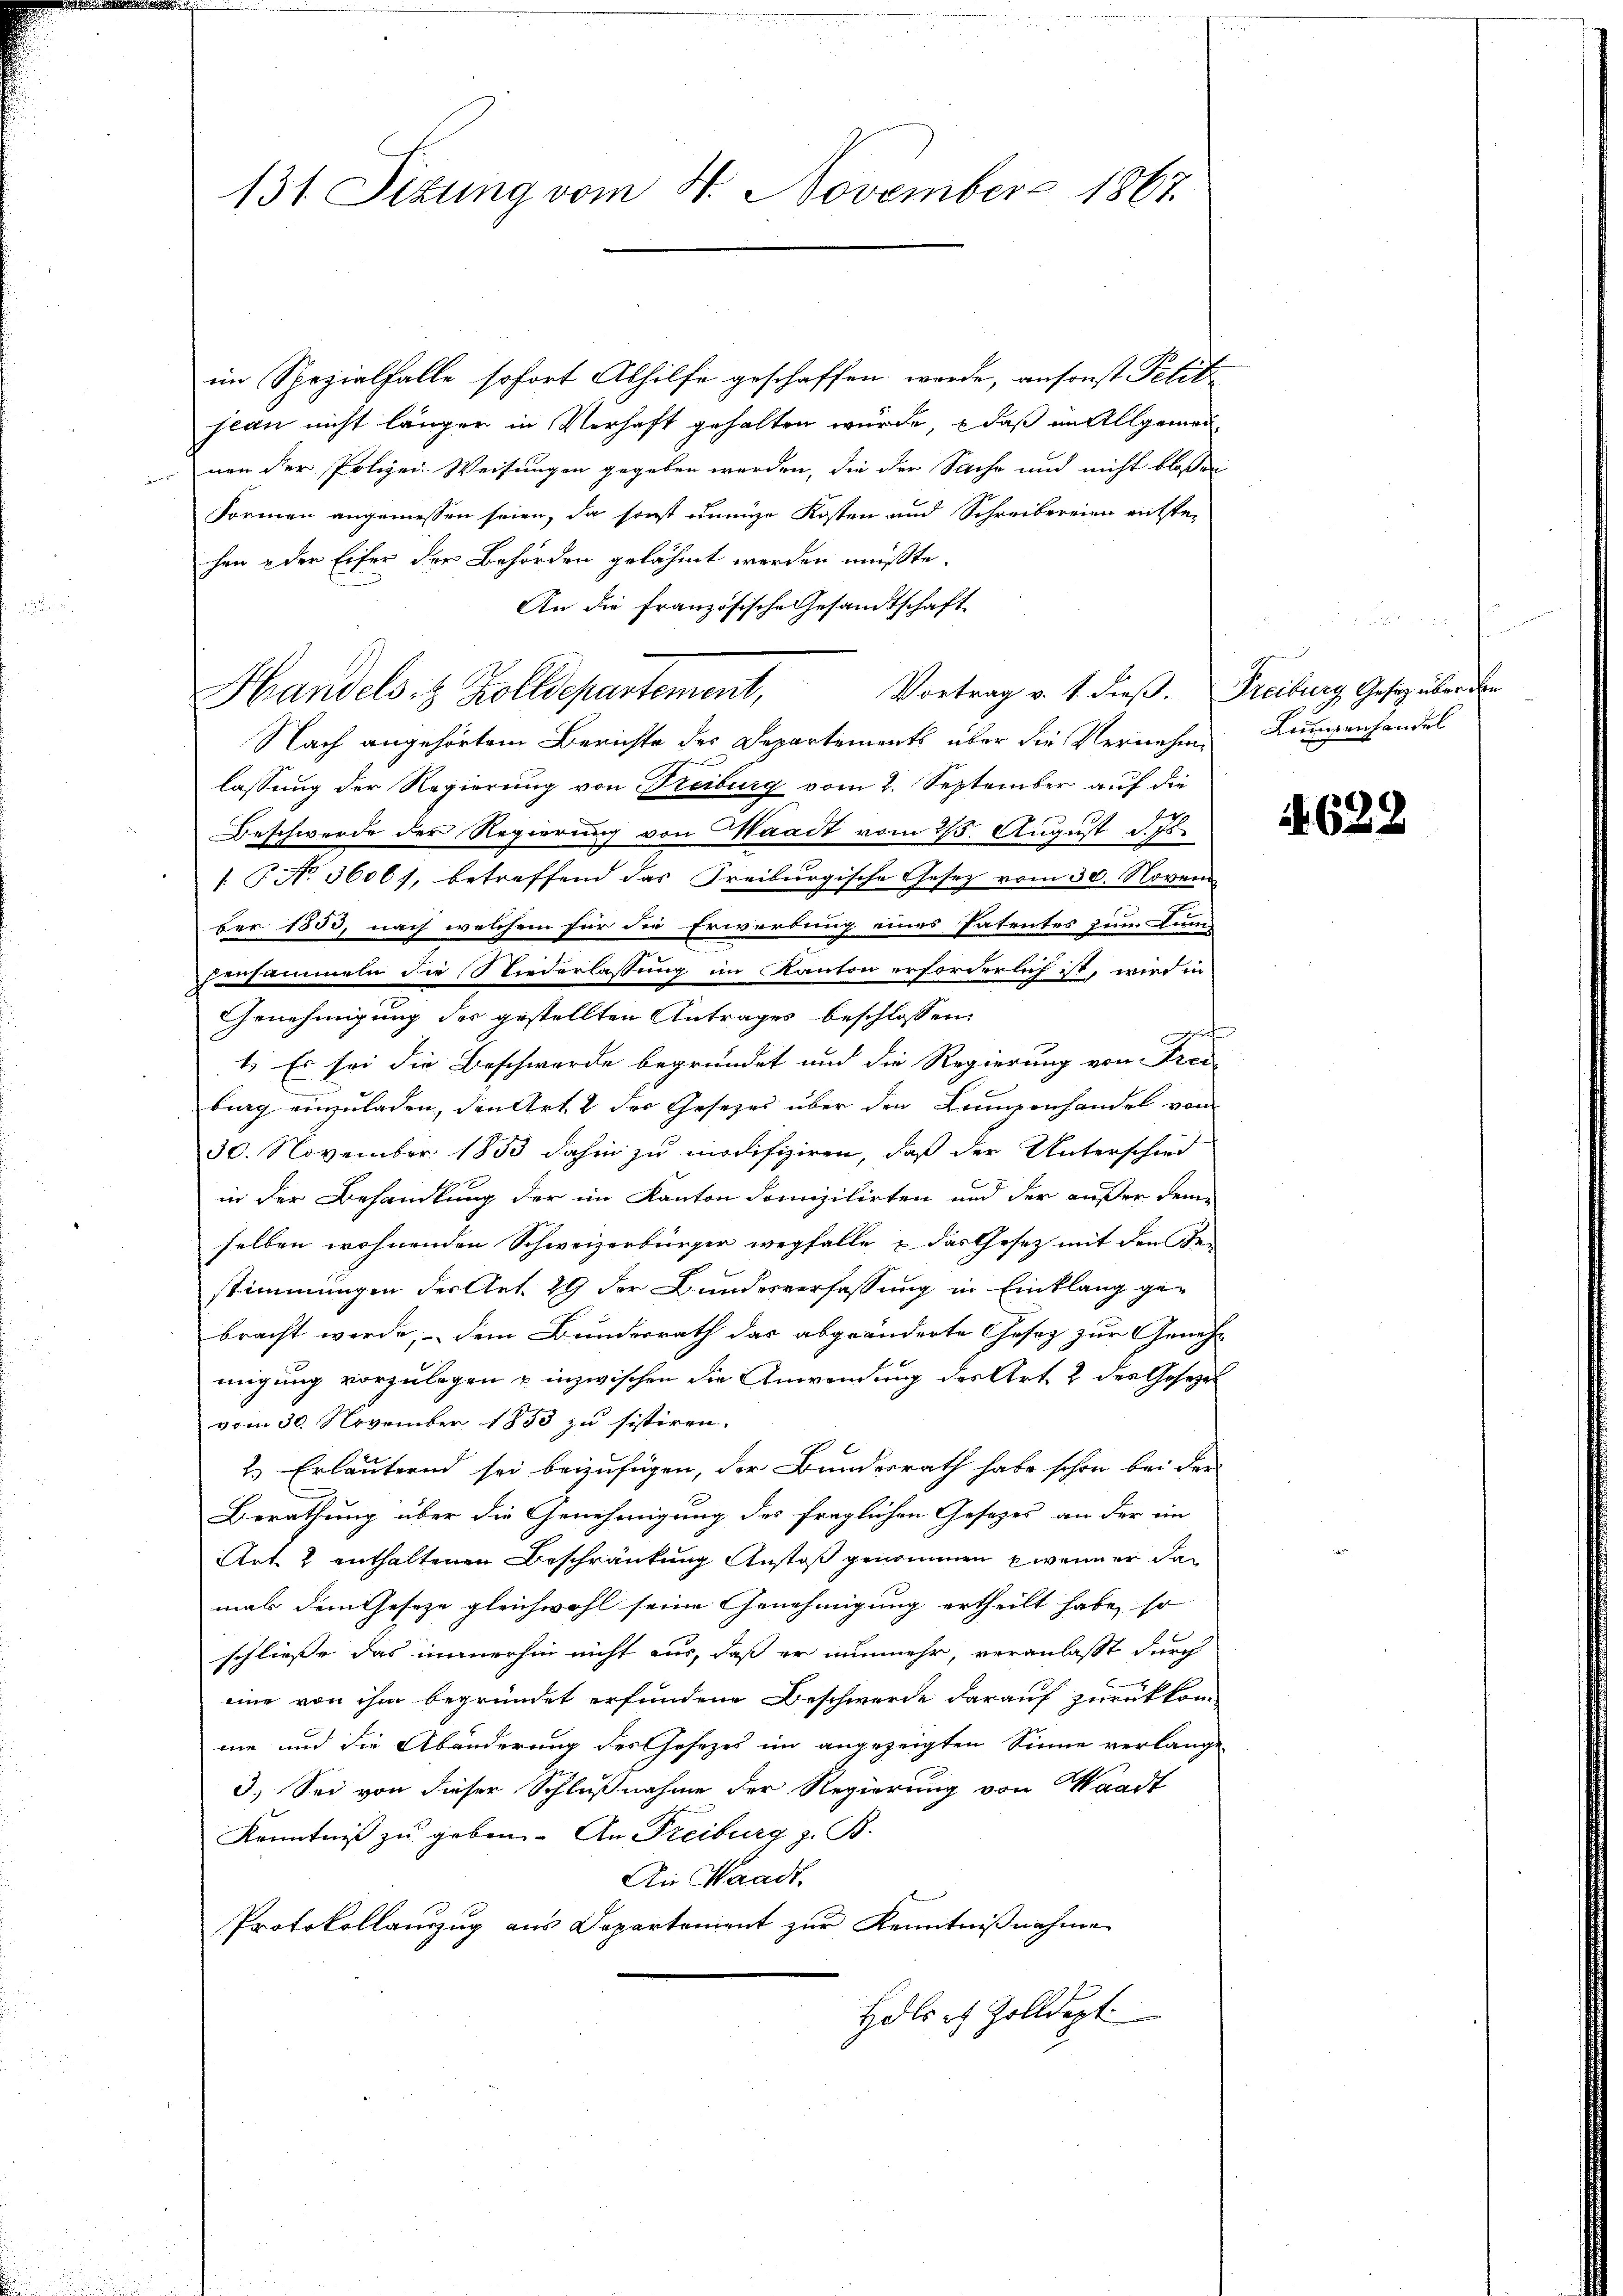
131. Situng vom 4. November 1867

im Spezialfalle sofort Abhilfe geschaffen werde, ansonst Petiti
jean nicht länger in Verhaft gehalten würde, daß im Allgemein¬
 von der Polizei- Weisungen gegeben werden, die der Sache und nicht bloßen
Formen angemessen seien, da sonst unnige Kosten und Schreibereien entste-
hen & der Eifer der Behörden gelähmt werden müßte.
An die französische Gesandtschaft
Nach angehörtem Berichte des Departements über die Vernehme Lungenhandel
lassung der Regierung von Freiburg vom 2. September auf die
Beschwerde der Regierung von Waadt vom 25. August d. Js.
: No 36061, betreffend das Freiburgische Gesetz vom 30. Novem
ber 1853, nach welchem für die Erwerbung eines Patentes zum Lung
horsammeln die Niederlassung im Kanton erforderlich ist, wird in
Genehmigung des gestellten Antrages beschlossen:
1. Es sei die Beschwerde begründet und die Regierung von Frei-
burg einzuladen, den Art. 2 der Gesetzes über den Lungenhandel vom
30. November 1833 dahin zu modifiziren, daß der Unterschied
in der Behandlung der im Kanton domizilirten und der außer dem
selben wohnenden Schweizerbürger wegfalle & das Gesetz mit den Be-
stimmungen der Art. 19 der Bundesverfassung in Einklang gebracht werde; dem Bundesrath das abgeänderte Gesez zur Genehmigung vorzulegen u inzwischen die Anwendung des Art. 2 des Gesezet
vom 30. November 1853 zu sistiren.
2.) Erläuternd sei beizufügen, der Bundesrath habe schon bei der
Berathung über die Genehmigung des fraglichen Gesetzes an der im
Art 2 enthaltenen Beschränkung Anstoß genommen zweiner den
mals dem Geseze gleichwohl seine Genehmigung ertheilt habe, so
schliesse das immerhin nicht aus, daß er nunmehr, veranlasst durch
eine von ihm begründet erfundene Beschwerde darauf zurückkom-
me und die Abänderung des Jahrzes im angezeigten Sinne verlange
3.) Sei von dieser Schlußnahme der Regierung von Waadt
Kenntniß zu geben. An Freiburg z. B.
Ain Waadt
Protokollauszug aus Departement zur Kenntnißnahme
Hals ich Zolldept.

Handels 8 Zolldepartement,

Vortrag v. 1. dieß. Freiburg Gesetz über den

x

628